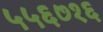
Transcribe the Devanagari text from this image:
५५६७१६